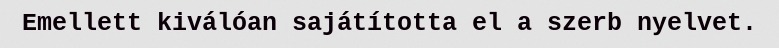
Emellett kiválóan sajátította el a szerb nyelvet.